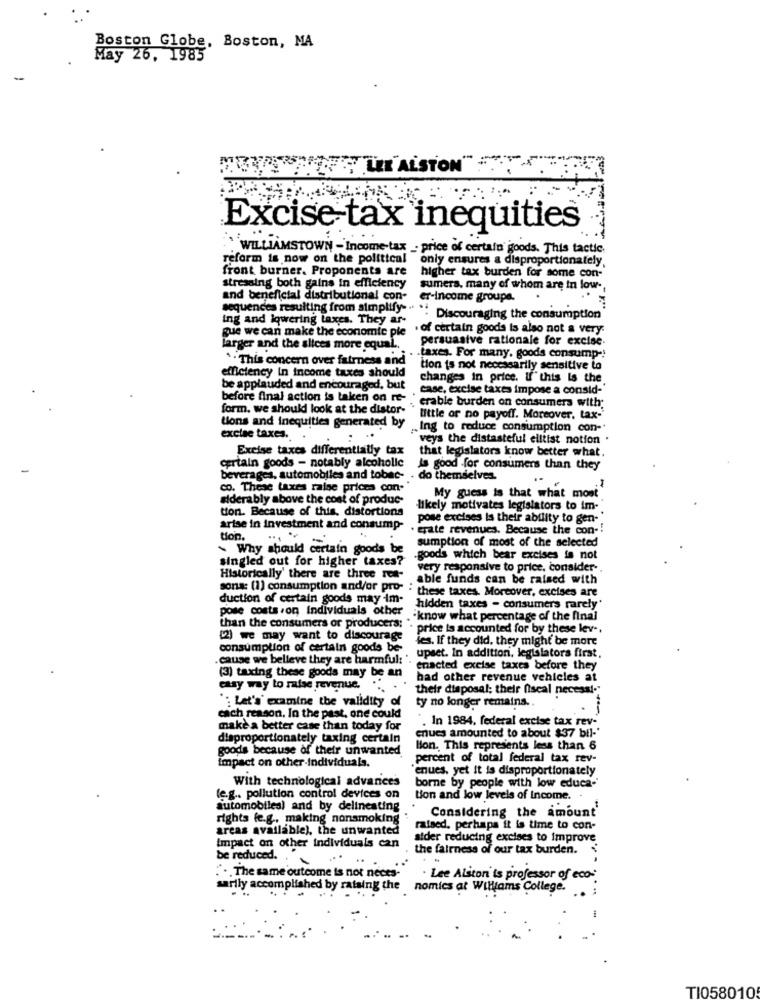
Boston Globe, Boston, MA
May 26. 1985
FYLL ALSTON"
Excise tax inequities
WILLIAMSTOWN - Income tax _ price of certain joods. This tactic.
reform is now on the political
only ensures a disproportionately,
front burner. Proponents are
higher tax burden for some con-
stresning both gains in efficiency
sumers, many of whom are in low -,
and beneficial distributional con-
er-income groupe.
sequences resulting from simplify. .. .
ing and iqwering taxes. They ar-
Discouraging the consumption
gue we can make the economic ple
. of certain goods is also not a very.
persuasive rationale for excise.
larger and the slices more equal ..
. . This concern over fairness and
.taxes. For many, goods consump -!
efficiency in income taxes should
tion is not necessarily sensitive to
changes in price. If" this Is the
be applauded and encouraged, but
case, excise taxes impose a consid-"
before final action is taken on re-
form. we should look at the distor-
erable burden on consumers with;
little or no payoff. Moreover, tax-
tions and inequities generated by
„Ing to reduce consumption con-
excise taxes.
:
veys the distasteful elltist notion .
Excise taxes differentially tax
that legislators know better what.
certain goods - notably alcoholic
is good for consumers than they
beverages, automobiles and tobac-
do themselves.
co. These taxes raise prices con-
.1
siderably above the cost of produc-
My guess is that what most
tion. Because of this, distortions
likely motivates legislators to im-
pose excises is their ability to gen-
arise in investment and consump-
. crate revenues. Because the con -!
tion.
sumption of most of the selected
- Why should certain goods be
singled out for higher taxes?
-goods which bear excises is not
very responsive to price, consider-
Historically' there are three res-
able funds can be raised with
sons: (1) consumption and/or pro- : these taxes. Moreover, excises are
duction of certain goods may im-
poste costs .on Individuals other
hidden taxes - consumers rarely'
know what percentage of the final
than the consumers or producers;
. price is accounted for by these lev-
(2) we may want to discourage
ies. If they did, they might be more
consumption of certain goods be-
.cause we believe they are harmful: '.
upset. In additioni, legislators first,
enacted excise taxes before they
(3) taxing these goods may be an
had other revenue vehleles at
easy way to raise revenue. ...
their disposal; their fiscal necessl-
": Let's' examine the validity of
ty no longer remains ..
cach reason. In the past, one could
make a better case than today for
enues amounted to about $37 bil -*
. In 1984. federal excise tax rev -.
disproportionately taxing certain
goods because of their unwanted
Bon. This represents less than 6
percent of total federal tax rev-
impact on other individuals.
"enues, yet it is disproportionately
With technological advances
borne by people with low educa-
le.g .. pollution control devices on
tion and low levels of Income. .
automobiles) and by delinesting
Considering the amount
rights fe.g ., making nonsmoking
areas available), the unwanted
raised. perhaps it is time to con-
aider reducing excises to improve
Impact on other individuals can
the fairness of our tax burden.
be reduced. .
.. The same outcome is not neces-
. Lee Alston is professor of eco-
sarily accomplished by raising the
nomics at Williams College.
TI058010